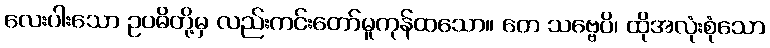
လေးပါးသော ဥပဓိတို့မှ လည်းကင်းတော်မူကုန်ထသော။ တေ သဗ္ဗေပိ၊ ထိုအလုံးစုံသော